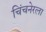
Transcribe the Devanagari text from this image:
चिंचनेरला